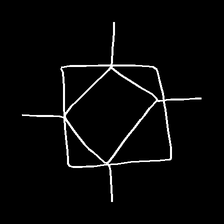
Glyph: light